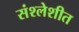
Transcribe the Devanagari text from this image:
संश्लेशीत